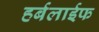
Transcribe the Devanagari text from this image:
हर्बलाईफ